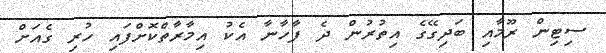
ސިޓިން ރޫމާއި ބަދިގޭގެ އިތުރުން ދެ ފާހާނާ އެކު އިމާރާތްކޮށްފައި ހުރި ގެއަށް